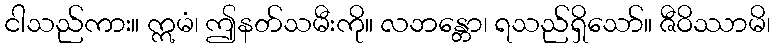
ငါသည်ကား။ ဣမံ၊ ဤနတ်သမီးကို။ လဘန္တော၊ ရသည်ရှိသော်။ ဇီဝိဿာမိ၊